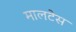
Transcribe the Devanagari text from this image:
मालटेस